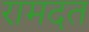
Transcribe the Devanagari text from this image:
रामदत